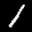
Label: 1